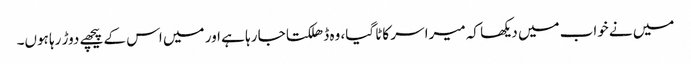
میں نے خواب میں دیکھا کہ میرا سر کاٹا گیا، وہ ڈھلکتا جا رہا ہے اور میں اس کے پیچھے دوڑ رہا ہوں۔